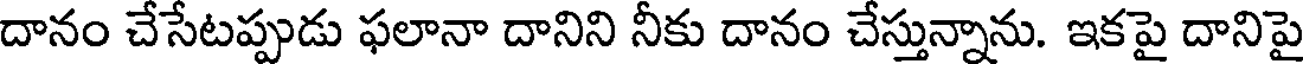
దానం చేసేటప్పుడు ఫలానా దానిని నీకు దానం చేస్తున్నాను. ఇకపై దానిపై